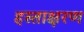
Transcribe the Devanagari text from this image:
हस्ताक्षरण